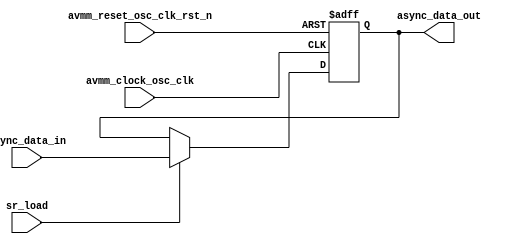
// This program was cloned from: https://github.com/chipsalliance/aib-phy-hardware
// License: Apache License 2.0

// SPDX-License-Identifier: Apache-2.0
// Copyright (C) 2019 Intel Corporation. 
module hdpldadapt_avmm_async_update (
input  wire  avmm_clock_osc_clk,
input  wire  avmm_reset_osc_clk_rst_n,
input  wire  async_data_in,
input  wire  sr_load,

output reg  async_data_out 
);


always @(negedge avmm_reset_osc_clk_rst_n or posedge avmm_clock_osc_clk)
  if (avmm_reset_osc_clk_rst_n == 1'b0)
    begin
      async_data_out <= 1'b0;
    end
  else
    begin
      async_data_out <= sr_load ? async_data_in : async_data_out;
    end



endmodule